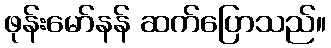
ဖုန်းမော်နန် ဆက်ပြောသည်။